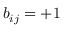
b _ { i j } = + 1